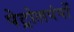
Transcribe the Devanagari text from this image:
पेट्रोलपंपों